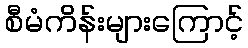
စီမံကိန်းများကြောင့်